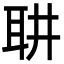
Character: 䎴